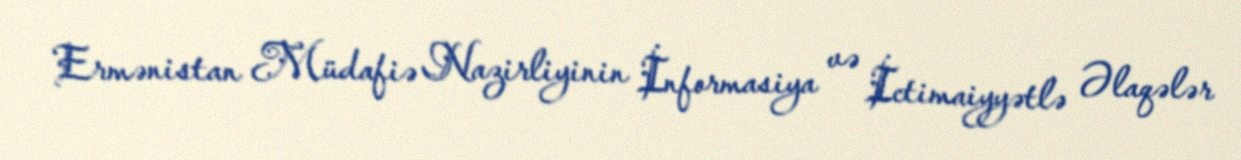
Ermənistan Müdafiə Nazirliyinin İnformasiya və İctimaiyyətlə Əlaqələr